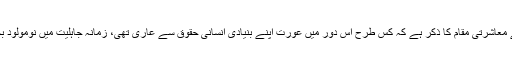
اس حصے میں اسلام سے قبل عورت کے معاشرتی مقام کا ذکر ہے کہ کس طرح اس دور میں عورت اپنے بنیادی انسانی حقوق سے عاری تھی، زمانہ جاہلیت میں نومولود بچیوں کو زندہ دفن کرنے کا رواج عام تھا۔